Treatise on elephants
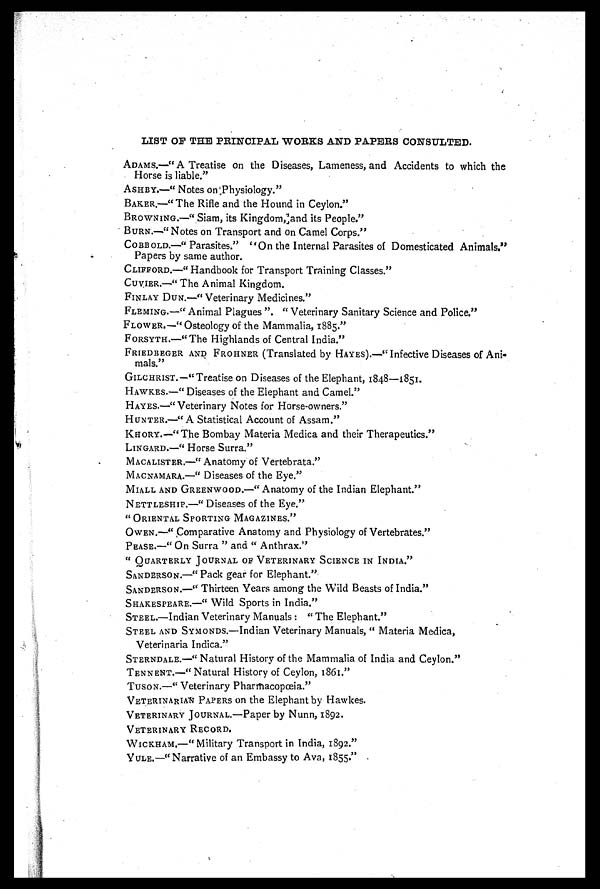
LIST OF THE PRINCIPAL WORKS AND PAPERS CONSULTED.
ADAMS.—" A Treatise on the Diseases, Lameness, and Accidents to which the
Horse is liable."
ASHBY.—" Notes on Physiology."
BAKER.—" The Rifle and the Hound in Ceylon."
BROWNING.—" Siam, its Kingdom, and its People."
BURN.—" Notes on Transport and on Camel Corps."
COBBOLD.—" Parasites." "On the Internal Parasites of Domesticated Animals."
Papers by same author.
CLIFFORD.—" Handbook for Transport Training Classes."
CUVIER.—" The Animal Kingdom.
FINLAY DUN.—" Veterinary Medicines."
FLEMING.—" Animal Plagues ". " Veterinary Sanitary Science and Police."
FLOWER.— " Osteology of the Mammalia, 1885."
FORSYTH.—"The Highlands of Central India."
FRIEDBEGER and FROHNER (Translated by HAYES).—" Infective Diseases of Ani-
mals."
GILCHRIST.—"Treatise on Diseases of the Elephant, 1848—1851.
HAWKES.—" Diseases of the Elephant and Camel."
HAYES.—"Veterinary Notes for Horse-owners."
HUNTER.—"A Statistical Account of Assam."
KHORY.—"The Bombay Materia Medica and their Therapeutics."
LINGARD.—" Horse Surra."
MACALISTER.—" Anatomy of Vertebrata."
MACNAMARA.—" Diseases of the Eye."
MIALL AND GREENWOOD.—"Anatomy of the Indian Elephant."
NETTLESHIP.—" Diseases of the Eye."
" ORIENTAL SPORTING MAGAZINES."
OWEN.—" Comparative Anatomy and Physiology of Vertebrates."
PEASE.—"On Surra " and " Anthrax."
" QUARTERLY Journal of Veterinary Science in India."
SANDERSON.—" Pack gear for Elephant."
SANDERSON.—" Thirteen Years among the Wild Beasts of India."
SHAKESPEARE.—" Wild Sports in India."
STEEL.—Indian Veterinary Manuals : " The Elephant."
STEEL AND SYMONDS.—Indian Veterinary Manuals, " Materia Medica,
Veterinaria Indica."
STERNDALE.—" Natural History of the Mammalia of India and Ceylon."
TENNENT.—"Natural History of Ceylon, 1861."
TUSON.—" Veterinary Pharmacopoeia."
VETERINARIAN PAPERS on the Elephant by Hawkes.
VETERINARY JOURNAL.—Paper by Nunn, 1892.
VETERINARY RECORD.
WICKHAM.—" Military Transport in India, 1892."
YULE.—" Narrative of an Embassy to Ava, 1855."